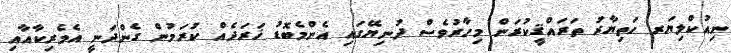
ނިއުކްލިޔަރ ހަތިޔާރު ތަރައްޤީކުރަން މިހާރުވެސް ދުނިޔޭގައި އެންމެބޮޑު ޚަރަދެއް ކުރަމުން ގެންދަނީ އެމެރިކާއާއި